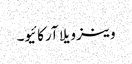
وینزویلا آرکائیو۔